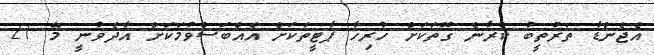
އެޖެންޑާ ތަރުތީބު ކުރާނެ ގޮތަކަށް ހުރިހާ ޕާޓީތަކަށް އެއްބަސްވުމަކަށް އާދެވުނީ މޭ 21